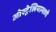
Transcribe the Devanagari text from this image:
ओस्ट्रेलियामध्ये